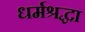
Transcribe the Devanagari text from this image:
धर्मश्रद्धा